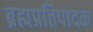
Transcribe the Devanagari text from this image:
ब्रह्मप्रतिपादक